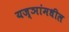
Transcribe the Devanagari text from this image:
यज्ञांमधील